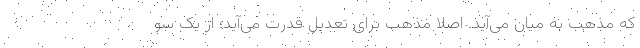
که مذهب به میان می‌آید. اصلا مذهب برای تعدیل قدرت می‌آید؛ از یک سو